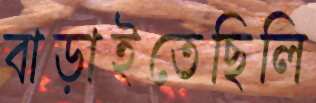
বাড়াইতেছিলি